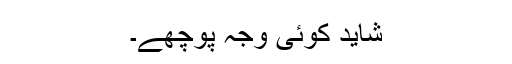
شاید کوئی وجہ پوچھے۔